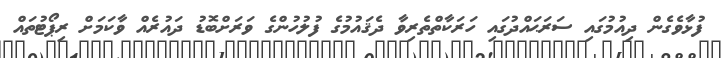
ފުޅާވެގެން ދިއުމުގައި ސަރަޙައްދުގައި ހަރަކާތްތެރިވާ ދެޤައުމުގެ ފުލުހުންގެ ވަރަށްބޮޑު ދައުރެއް ވާކަމަށް ރިޕޯޓުތައް